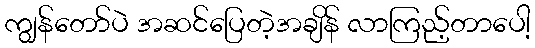
ကျွန်တော်ပဲ အဆင်ပြေတဲ့အချိန် လာကြည့်တာပေါ့